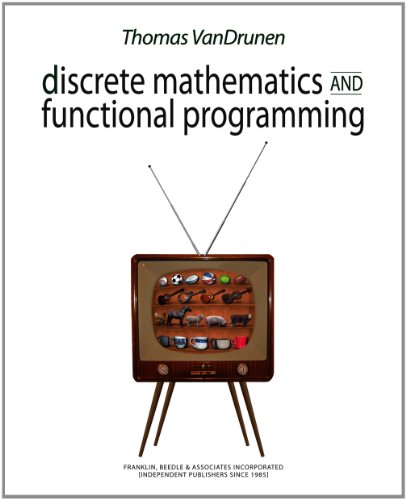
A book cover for Discrete Mathematics and Functional Programming; Thomas VanDrunen; Computers & Technology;